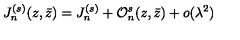
J _ { n } ^ { ( s ) } ( z , \bar { z } ) = J _ { n } ^ { ( s ) } + { \cal O } _ { n } ^ { s } ( z , \bar { z } ) + o ( \lambda ^ { 2 } )